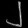
Digit: ၂